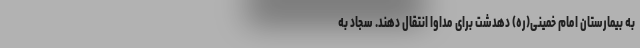
به بیمارستان امام خمینی(ره) دهدشت برای مداوا انتقال دهند. سجاد به